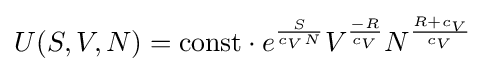
U(S,V,N)=\mathrm {const} \cdot e^{\frac {S}{c_{V}N}}V^{\frac {-R}{c_{V}}}N^{\frac {R+c_{V}}{c_{V}}}